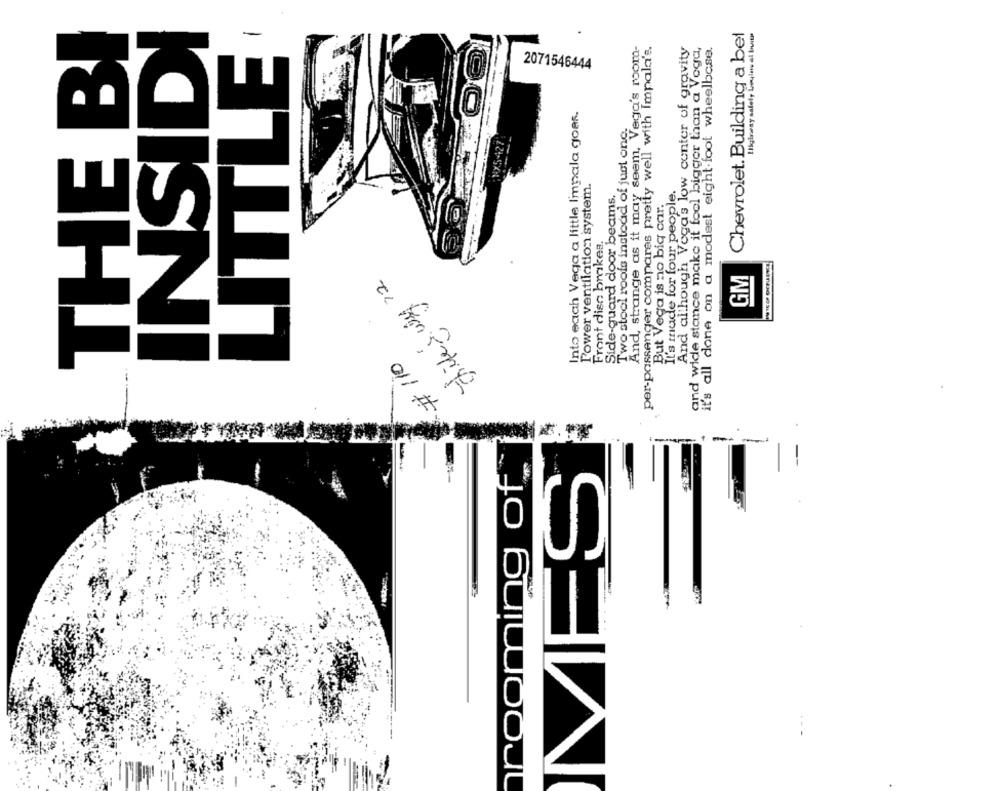
THE BI
INSIDI
Chevrolet. Building a bel
LITTLE
Highway safety begins al but
And, strange as it may seem, Vega's room-
per-passenger compares pretty well with Impala's.
And allhough Voga's low center of gravity
and wide stance make it feel bigger than a Voga,
it's all done on a modest eight foot wheelbase.
2071546444
Into each Vega a little Impala goes.
Two stool roofs instead of just one.
Power ventilation system.
Side-guard door beams.
It's made for four people.
But Vega is no biq car.
Front disc brakes.
Life's way 22
GM
£
# 110
MES
rooming of